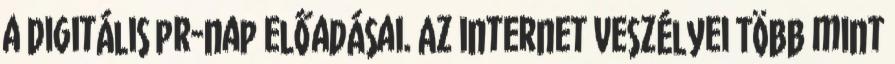
a Digitális pr-nap előadásai. Az internet veszélyei Több mint